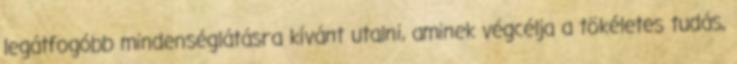
legátfogóbb mindenséglátásra kívánt utalni, aminek végcélja a tökéletes tudás,